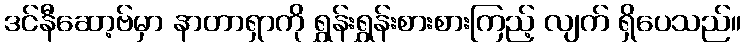
ဒင်နီဆော့ဗ်မှာ နာတာရှာကို ရွှန်းရွှန်းစားစားကြည့် လျက် ရှိပေသည်။